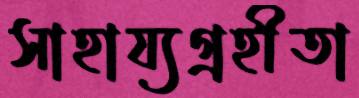
সাহায্যগ্রহীতা